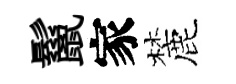
鬣家麓